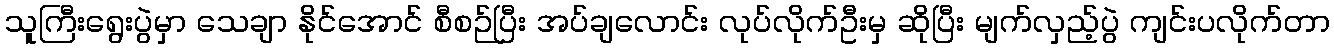
သူကြီးရွေးပွဲမှာ သေချာ နိုင်အောင် စီစဉ်ပြီး အပ်ချလောင်း လုပ်လိုက်ဦးမှ ဆိုပြီး မျက်လှည့်ပွဲ ကျင်းပလိုက်တာ